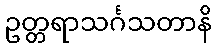
ဥတ္တရာသင်္ဂသတာနိ